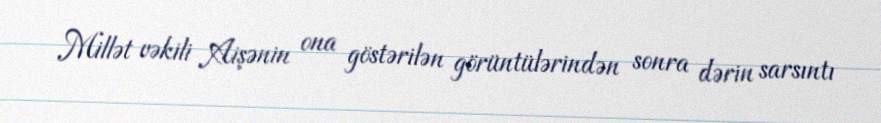
Millət vəkili Aişənin ona göstərilən görüntülərindən sonra dərin sarsıntı